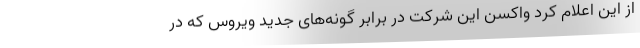
از این اعلام کرد واکسن این شرکت در برابر گونه‌های جدید ویروس که در